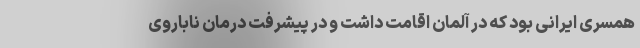
همسری ایرانی بود که در آلمان اقامت داشت و در پیشرفت درمان ناباروی